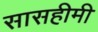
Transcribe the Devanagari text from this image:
सासहीमी